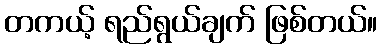
တကယ့် ရည်ရွယ်ချက် ဖြစ်တယ်။